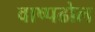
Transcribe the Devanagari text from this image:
वाष्पढोल